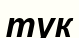
тук